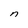
Character: n